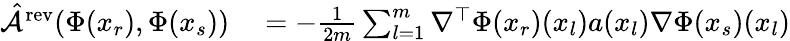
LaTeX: \begin{array}{rl}{\hat{\mathcal{A}}^{\mathrm{rev}}(\Phi(x_{r}),\Phi(x_{s}))}&{{}=-\frac{1}{2m}\sum_{l=1}^{m}\nabla^{\top}\Phi(x_{r})(x_{l})a(x_{l})\nabla\Phi(x_{s})(x_{l})}\end{array}